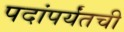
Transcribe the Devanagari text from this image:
पदांपर्यंतची